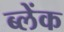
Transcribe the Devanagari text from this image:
ब्लेंक